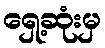
ရှေ့ဆုံးမှ